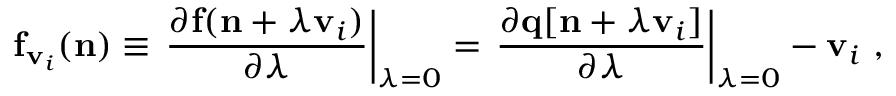
{ \displaystyle { \bf f } _ { { \bf v } _ { i } } ( { \bf n } ) \equiv \left. \frac { \partial { \bf f } ( { \bf n } + \lambda { \bf v } _ { i } ) } { \partial \lambda } \right\vert _ { \lambda = 0 } = \left. \frac { \partial { \bf q } [ { \bf n } + \lambda { \bf v } _ { i } ] } { \partial \lambda } \right\vert _ { \lambda = 0 } - { \bf v } _ { i } } ~ ,